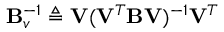
\mathbf { B } _ { v } ^ { - 1 } \triangleq \mathbf { V } ( \mathbf { V } ^ { T } \mathbf { B } \mathbf { V } ) ^ { - 1 } \mathbf { V } ^ { T }